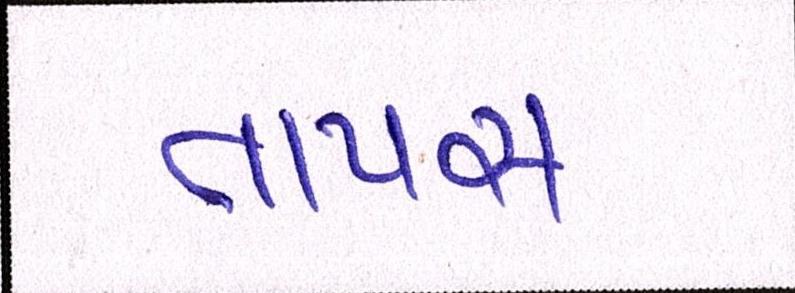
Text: તાપસ